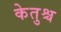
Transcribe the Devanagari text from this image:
केतुश्च